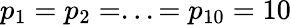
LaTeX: p_{1}=p_{2}=...=p_{10}=10